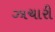
ઝાચારી